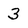
Character: 3